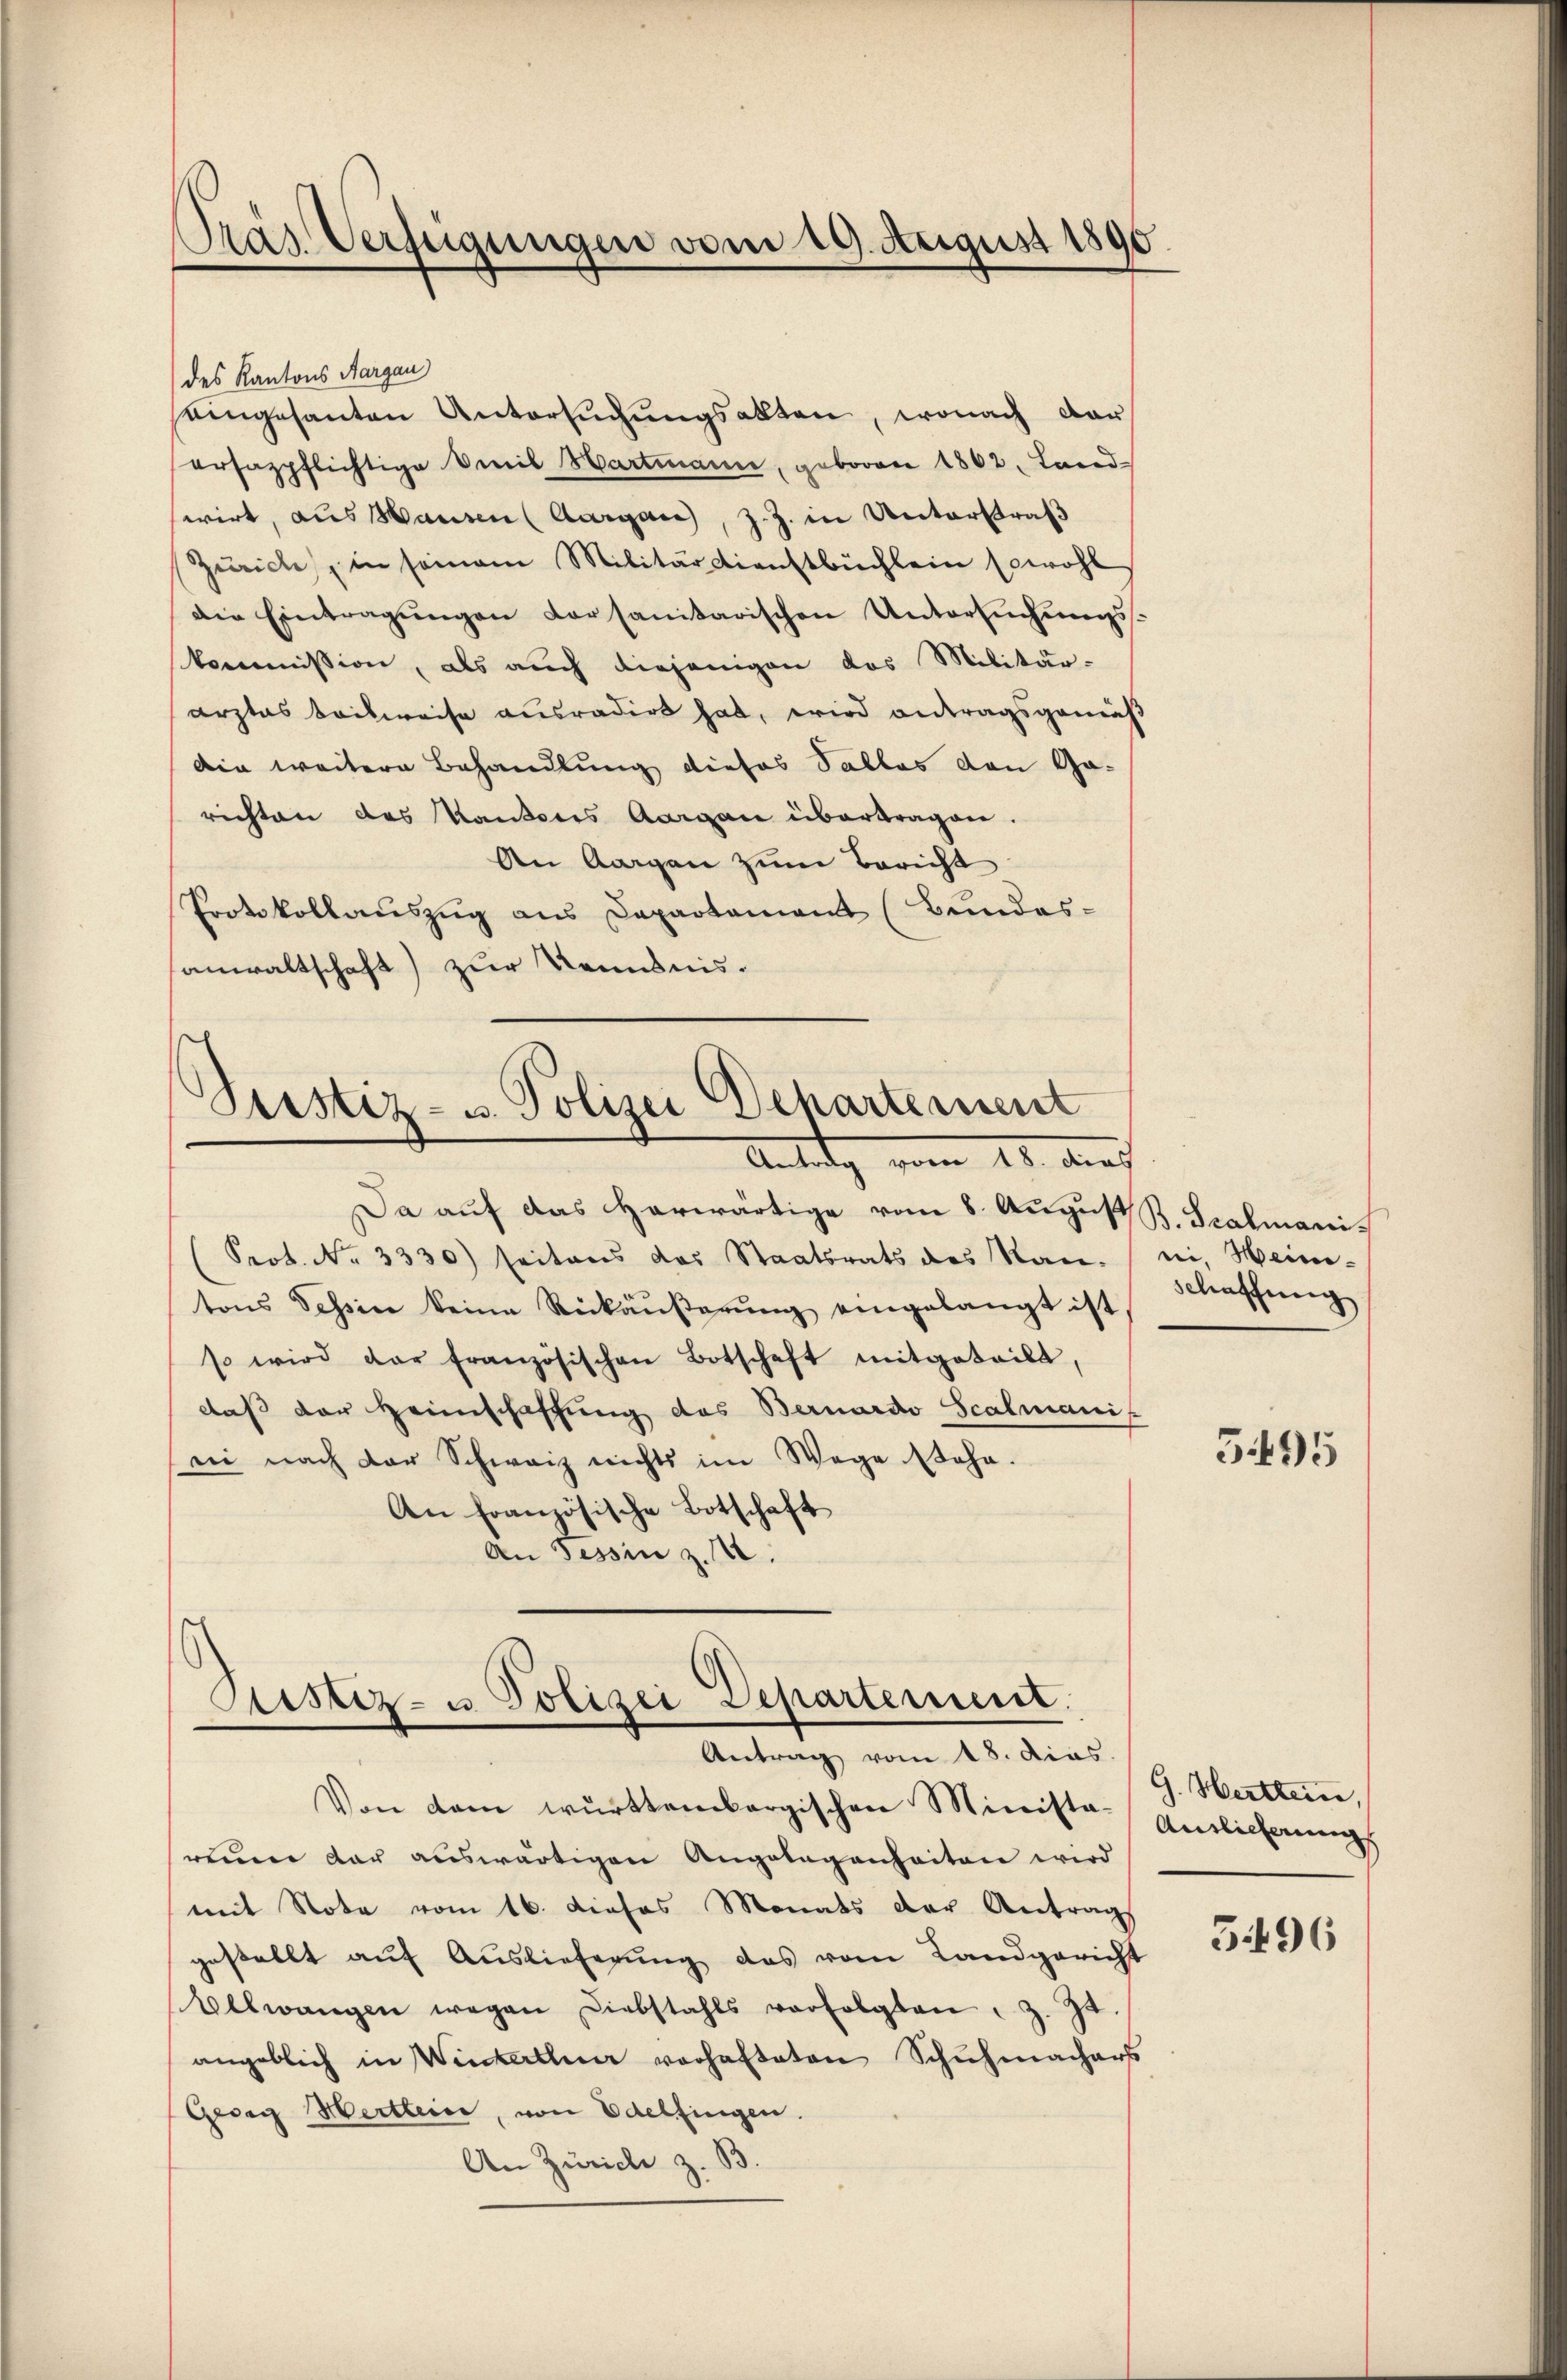
Tras Verfügungen vom 19. August 1890

des Kantons Aargau

eingesanten Untersŭchŭngsakten, wonach dar
ersazpflichtige Seil Hartmann, geboren 1862, Land-
swirt, aus Hausen (Aargau, z. Z. in Unterstraβ
Zürich, in seinam Militärdienstbüchlein sowohl
Die Eintragŭngen dersanitarischen Untersuchungskommission, als auch diejenigen das Militär-
arztes teilweise ausradirt hat, wird antragsgemäß
die weitere Behandlung dieses Salles den Ga-
richten das Kantones Aargau übertragen.
An Aargau zum Bericht
Protokollauszug aus Departament (Bundes-
sanwaltschaft) zur Kenntnis¬

Justiz- u. Polizei Departement
Antrag vom 18. dies

Ristiz- u. Polizei Departement.
Antrag vom 18. dias.

Da auf das herwärtige vom 8. August B. Scalmani
Prot. No. 3330) seitens das Staatsrats des Nan-
tons Tessine keine Rückäŭβerŭng eingelangt ist
so wird dar französischen Botschaft mitgeteilt,
daß der Heimschaffung des Bernardo Scalmanis
ei nach der Schweiz nichts im Wege stehe.
An französische Botschaft
An Tessin z. B.

Von dem württembergischen Ministarein der auswärtigen Angelegenheiten wird
mit Note vom 16. Dieses Monats der Antrags
gestellt auf Auslieferung das vom Landgericht
Allwangen wegen Liebstahls verfolgten : Z. 34
angeblich in Winterthur vorhafteten Schuhmachers
Georg Hertleine, von Edelfingen.
An Zürich z. B.

rei. Heini-
Schaffung

3495

G. Hattern,
Antlicherungs

5496